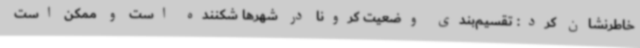
خاطرنشان کرد: تقسیم‌بندی وضعیت کرونا در شهرها شکننده است و ممکن است